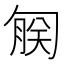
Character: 𫧄